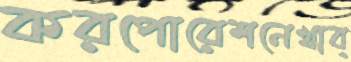
করপোরেশনেখাব্‌